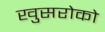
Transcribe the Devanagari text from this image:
खुसरोको